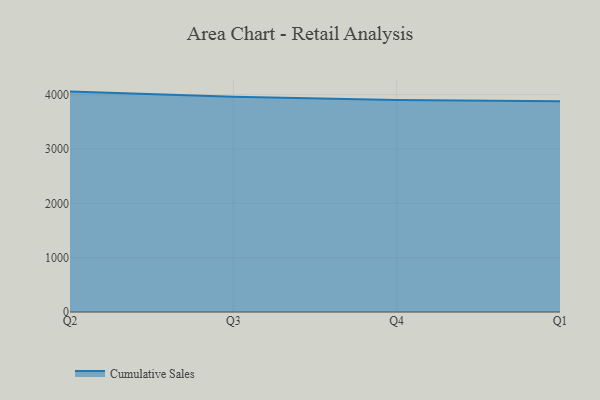
{"axis": {"x": "Quarter", "y": "Page Views"}, "legend": ["Cumulative Sales"], "data": [{"x": "Q2", "y": 4056.3, "type": "Cumulative Sales"}, {"x": "Q3", "y": 3963.6, "type": "Cumulative Sales"}, {"x": "Q4", "y": 3902.0, "type": "Cumulative Sales"}, {"x": "Q1", "y": 3879.7, "type": "Cumulative Sales"}]}